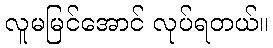
လူမမြင်အောင် လုပ်ရတယ်။